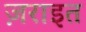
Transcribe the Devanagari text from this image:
ज़राइत